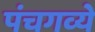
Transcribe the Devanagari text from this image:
पंचगव्ये